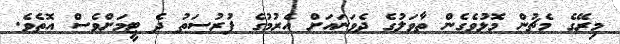
މިރޭގެ މެޗުން މޮޅުވެގެން ތާވަލުގެ ދެވަނައަށް އެރުމުގެ ފުރުސަތު ދެ ޓީމަށްވެސް އޮތެވެ.